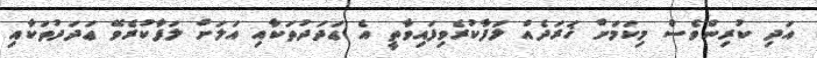
އަދި ކުރިންވެސް މިކަމަށް ޚަރަދެއް ލަފާކުރެވިފައިވާތީ އެ ޢަދަދުތަކާއި އަލަށް ލަފާކުރެވޭ ޢަދަދުތަކާއި